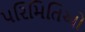
પરિમિતિઓ